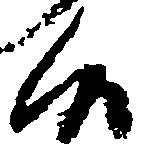
候